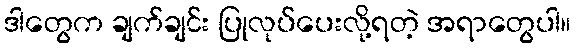
ဒါတွေက ချက်ချင်း ပြုလုပ်ပေးလို့ရတဲ့ အရာတွေပါ။